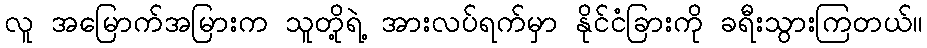
လူ အမြောက်အမြားက သူတို့ရဲ့ အားလပ်ရက်မှာ နိုင်ငံခြားကို ခရီးသွားကြတယ်။